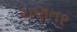
ચણતર